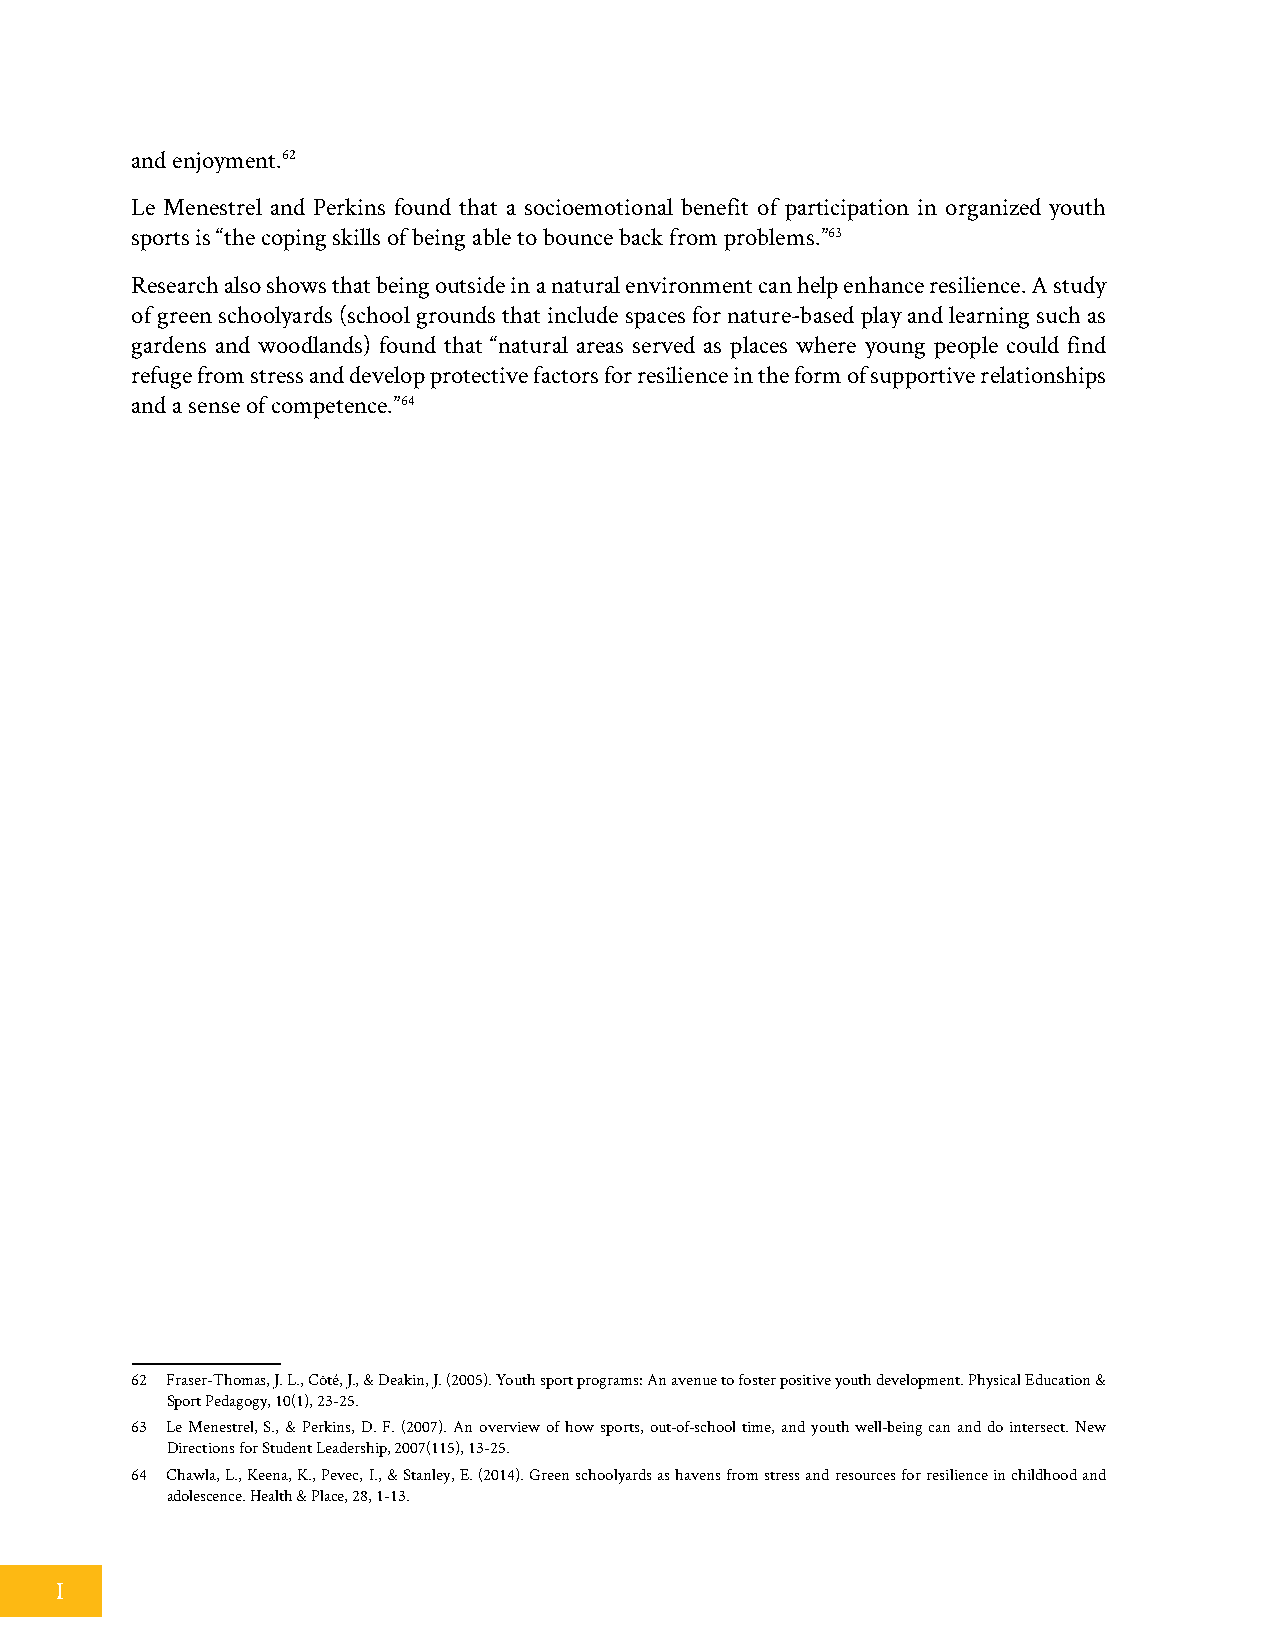
and enjoyment.62
 Le Menestrel and Perkins found that a socioemotional benefit of participation in organized youth
 sports is “the coping skills of being able to bounce back from problems.”63
 Research also shows that being outside in a natural environment can help enhance resilience. A study
 of green schoolyards (school grounds that include spaces for nature-based play and learning such as
 gardens and woodlands) found that “natural areas served as places where young people could find
 refuge from stress and develop protective factors for resilience in the form of supportive relationships
 and a sense of competence.”64
 62 Fraser-Thomas, J. L., Côté, J., & Deakin, J. (2005). Youth sport programs: An avenue to foster positive youth development. Physical Education &
 Sport Pedagogy, 10(1), 23-25.
 63 Le Menestrel, S., & Perkins, D. F. (2007). An overview of how sports, out‐of‐school time, and youth well‐being can and do intersect. New
 Directions for Student Leadership, 2007(115), 13-25.
 64 Chawla, L., Keena, K., Pevec, I., & Stanley, E. (2014). Green schoolyards as havens from stress and resources for resilience in childhood and
 adolescence. Health & Place, 28, 1-13.
 I